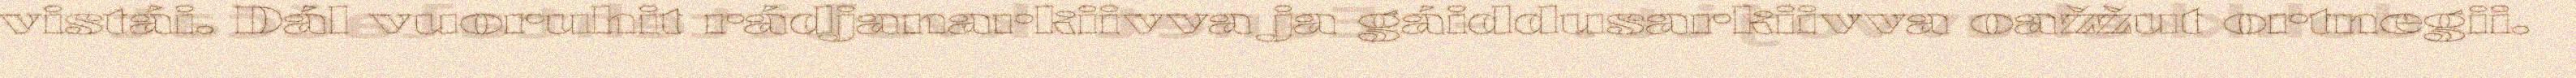
vistái. Dál vuoruhit rádjanarkiivva ja gáiddusarkiivva oažžut ortnegii.